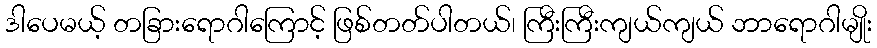
ဒါပေမယ့် တခြားရောဂါကြောင့် ဖြစ်တတ်ပါတယ်၊ ကြီးကြီးကျယ်ကျယ် ဘာရောဂါမျိုး